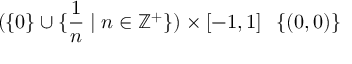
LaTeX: ( \{ 0 \} \cup \{ { \frac { 1 } { n } } \mid n \in \mathbb { Z } ^ { + } \} ) \times [ - 1 , 1 ] \setminus \{ ( 0 , 0 ) \}